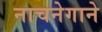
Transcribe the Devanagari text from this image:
नाचनेगाने